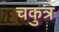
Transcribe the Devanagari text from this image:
चकुत्र